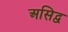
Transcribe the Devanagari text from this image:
असिद्व